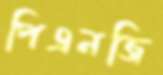
পিএনজি